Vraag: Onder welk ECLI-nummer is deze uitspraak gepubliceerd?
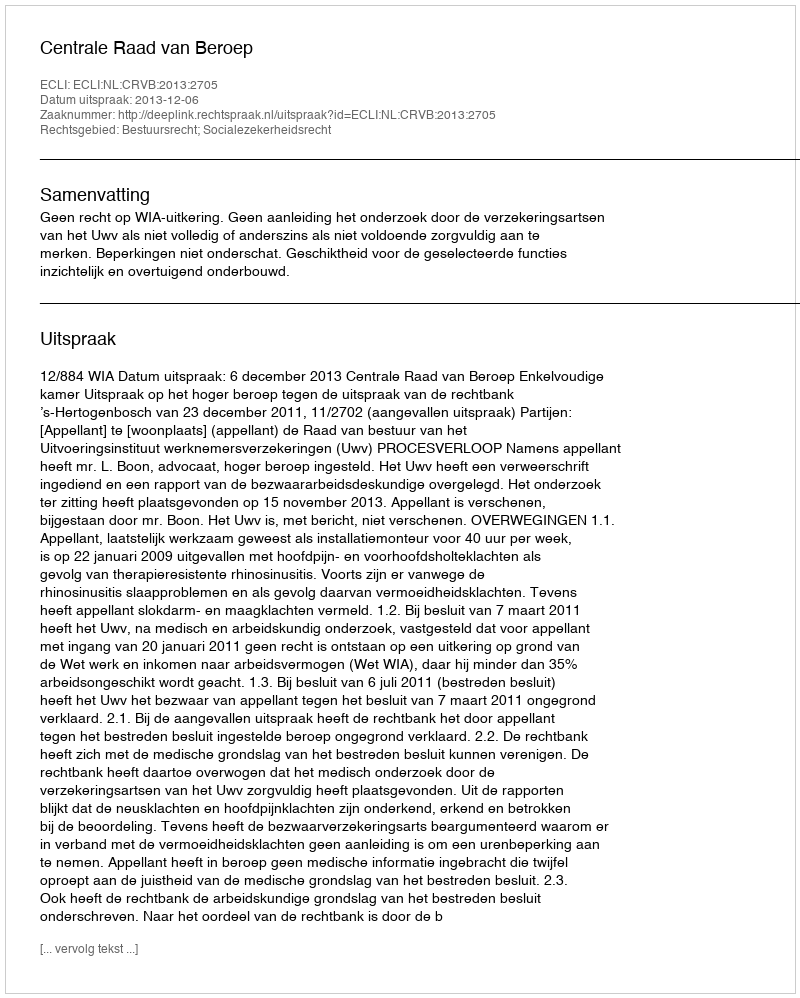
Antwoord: ECLI:NL:CRVB:2013:2705